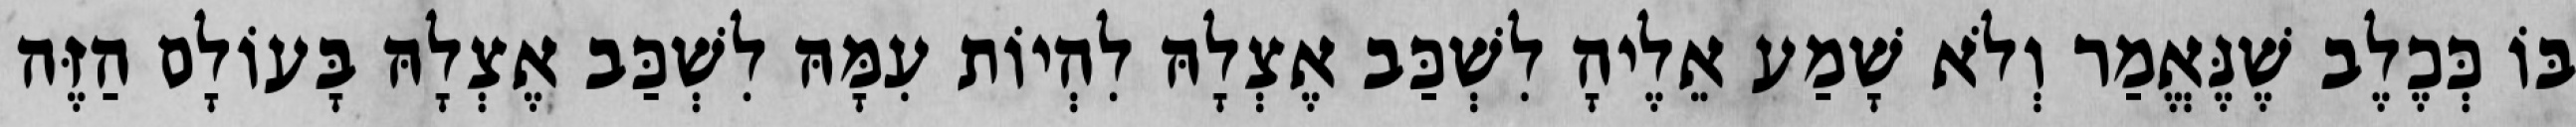
בּוֹ כְּכֶלֶב שֶׁנֶּאֱמַר וְלֹא שָׁמַע אֵלֶיהָ לִשְׁכַּב אֶצְלָהּ לִהְיוֹת עִמָּהּ לִשְׁכַּב אֶצְלָהּ בָּעוֹלָם הַזֶּה